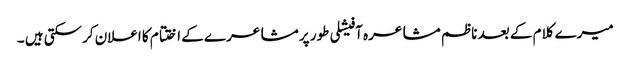
میرے کلام کے بعد ناظم مشاعرہ آفیشلی طور پر مشاعرے کے اختتام کا اعلان کرسکتی ہیں ۔